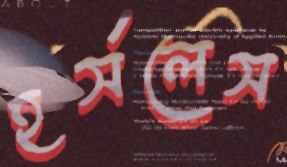
হর্সলেস